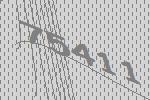
75411